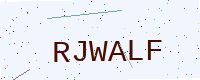
Text: RJWALF